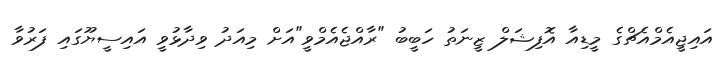
އައިޖީއެމްއެޗްގެ މީޑިއާ އޮފިޝަލް ޒީނަތު ހަބީބު "ރާއްޖެއެމްވީ"އަށް މިއަދު ވިދާޅުވީ އައިސީޔޫގައި ފަރުވާ